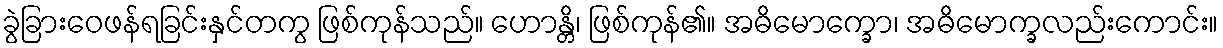
ခွဲခြားဝေဖန်ရခြင်းနှင်တကွ ဖြစ်ကုန်သည်။ ဟောန္တိ၊ ဖြစ်ကုန်၏။ အဓိမောက္ခော၊ အဓိမောက္ခလည်းကောင်း။